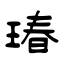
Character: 瑃